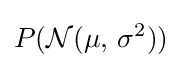
P({\mathcal {N}}(\mu ,\,\sigma ^{2}))